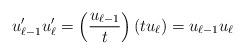
LaTeX: \begin{align*}u'_{\ell-1} u'_{\ell} = \left( \frac{u_{\ell-1}} {t} \right) \left( t u_{\ell} \right) = u_{\ell-1} u_{\ell} \end{align*}